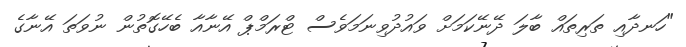
"ހަނދާއި ތަރިތައް ބާލަ ދޭނޭކަމަށް ވައުދުވިނަމަވެސް ޓްރަމްޕް އޭނާއާ ބެހޭގޮތުން ނުވަތަ އޭނާގެ